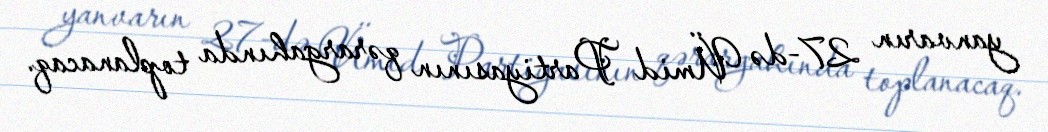
yanvarın 27-də Ümid Partiyasının qərargahında toplanacaq.